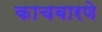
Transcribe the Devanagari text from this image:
काचबारणे